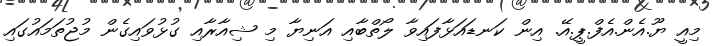
މިއީ ޔޫ.އެން.އެފް.ޕީ.އޭ. އިން ކަނޑައަޅާފައިވާ ލޯތްބާއި އަނިޔާ މި ޝިއާރާއި ގުޅުވައިގެން މުޖުތަމައުގައި